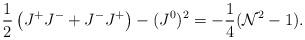
LaTeX: \begin{align*}\frac12\left(J^+J^-+J^-J^+\right)-(J^0)^2=-\frac14({\cal N}^2-1).\end{align*}